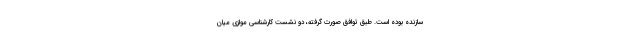
سازنده بوده است. طبق توافق صورت گرفته، دو نشست کارشناسی موازی میان